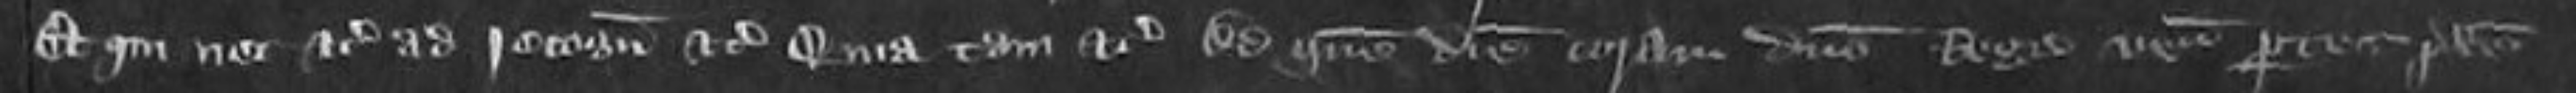
Et qui nec etc ad recognoscendum etc Quia tam etc Ad quem diem coram domino Rege veniunt partes predictos